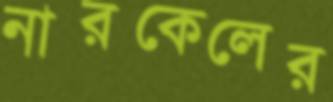
নারকেলের